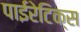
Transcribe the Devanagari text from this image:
पाईरेटिक्स